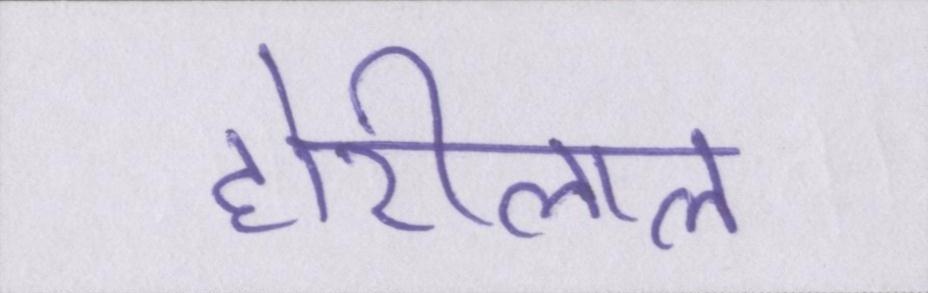
होरीलाल